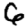
Digit: 6